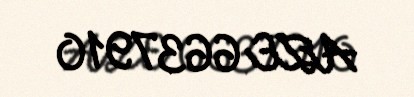
AZE 6637910